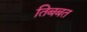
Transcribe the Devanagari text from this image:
तिबबत